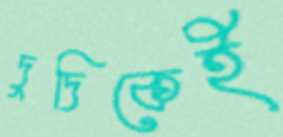
দুদিকেই